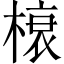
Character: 榱